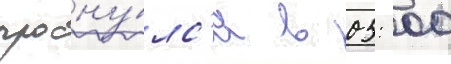
просну́лс'я в 05: 00